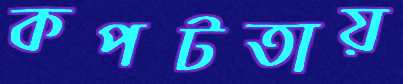
কপটতায়